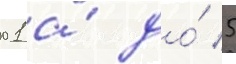
01 а́ до́ 5